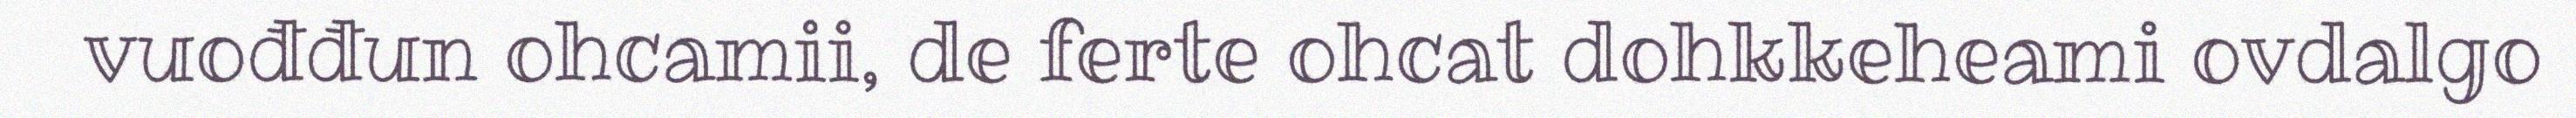
vuođđun ohcamii, de ferte ohcat dohkkeheami ovdalgo